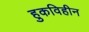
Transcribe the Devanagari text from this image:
हुकविहीन